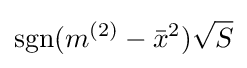
\operatorname {sgn} (m^{(2)}-{\bar {x}}^{2}){\sqrt {S}}